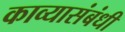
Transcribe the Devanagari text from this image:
काव्यासंबंधी